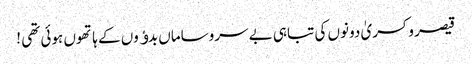
قیصر و کسریٰ دونوں کی تباہی بے سروساماں بدﺅوں کے ہاتھوں ہوئی تھی !